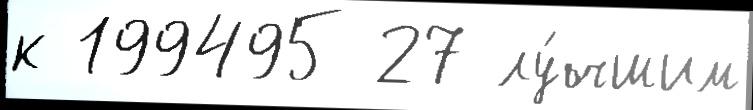
к 199495 27 лу́чшим